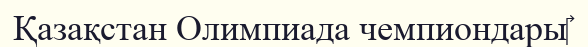
Қазақстан Олимпиада чемпиондары‎